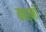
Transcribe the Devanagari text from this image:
बाह्मी